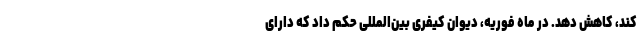
کند، کاهش دهد. در ماه فوریه، دیوان کیفری بین‌المللی حکم داد که دارای